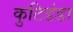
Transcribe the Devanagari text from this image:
कुटिडंडा